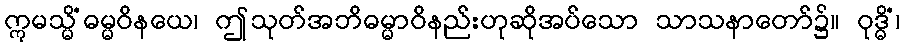
ဣမသ္မိံဓမ္မဝိနယေ၊ ဤသုတ်အဘိဓမ္မာဝိနည်းဟုဆိုအပ်သော သာသနာတော်၌။ ဝုဒ္ဓိံ၊